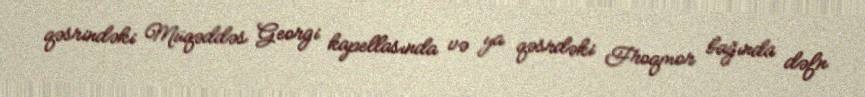
qəsrindəki Müqəddəs Georgi kapellasında və ya qəsrdəki Froqmor bağında dəfn